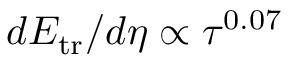
d E _ { \mathrm { t r } } / d \eta \propto \tau ^ { 0 . 0 7 }